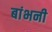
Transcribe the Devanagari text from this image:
बांभनी